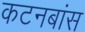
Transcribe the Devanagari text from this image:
कटनबांस